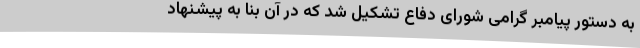
به دستور پیامبر گرامی شورای دفاع تشکیل شد که در آن بنا به پیشنهاد